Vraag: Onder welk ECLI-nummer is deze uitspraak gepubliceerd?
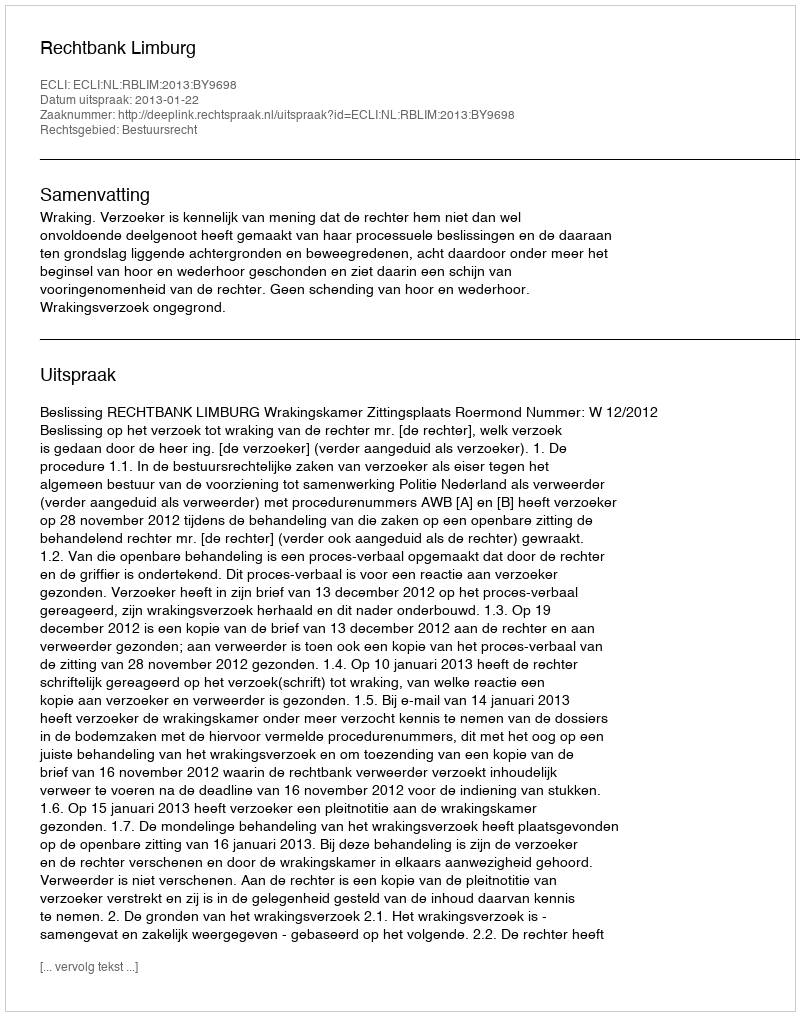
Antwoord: ECLI:NL:RBLIM:2013:BY9698